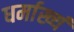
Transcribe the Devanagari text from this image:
धर्माख्यं